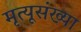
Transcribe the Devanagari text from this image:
मृत्यूसंख्या